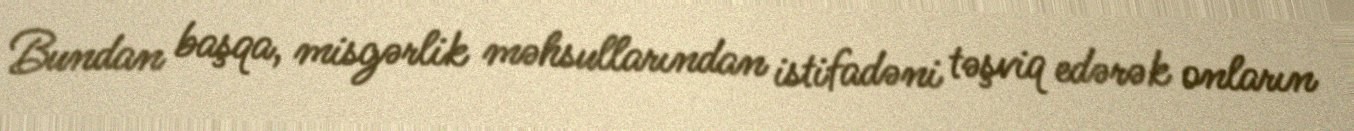
Bundan başqa, misgərlik məhsullarından istifadəni təşviq edərək onların